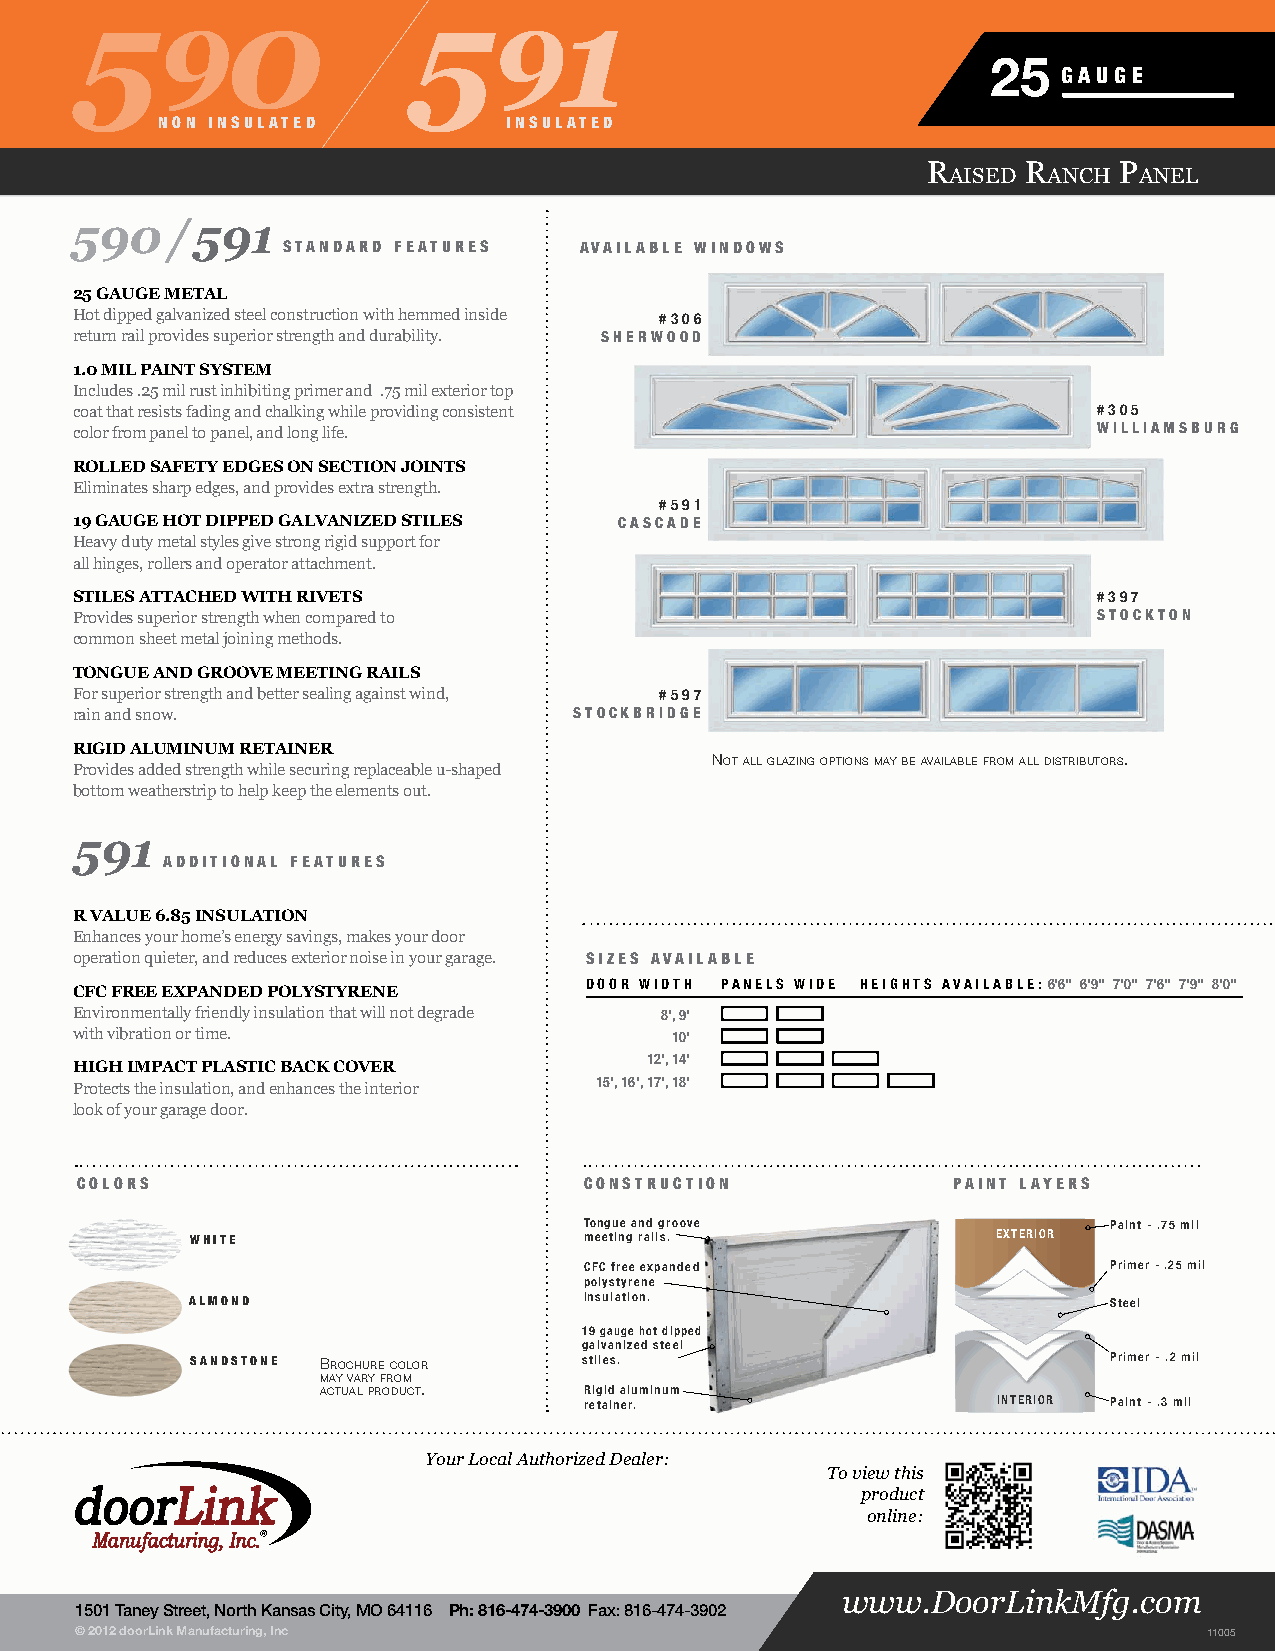
590                   591
 25
 GAUGE
 NoN INSULATED           INSULATED
 R      R     P
 aised anch  anel
 590   / 591
 STANDARD fEATURES  AVAILABLE WINDoWS
 25 gauge metal
 Hot dipped galvanized steel construction with hemmed inside #306
 return rail provides superior strength and durability. SHERWooD
 1.0 mil paint system
 Includes .25 mil rust inhibiting primer and .75 mil exterior top
 coat that resists fading and chalking while providing consistent    #305
 color from panel to panel, and long life.                           WILLIAMSBURG
 rolled safety edges on seCtion Joints
 Eliminates sharp edges, and provides extra strength.
 #591
 19 gauge hot dipped galvanized stiles CASCADE
 Heavy duty metal styles give strong rigid support for
 all hinges, rollers and operator attachment.
 stiles attaChed with rivets                                         #397
 Provides superior strength when compared to                         SToCKToN
 common sheet metal joining methods.
 tongue and groove meeting rails
 For superior strength and better sealing against wind, #597
 rain and snow.                   SToCKBRIDGE
 rigid aluminum retainer
 Provides added strength while securing replaceable u-shaped Not all glaziNg optioNs may Be availaBle from all distriButors.
 bottom weatherstrip to help keep the elements out.
 591
 ADDITIoNAL fEATURES
 r value 6.85 insulation
 Enhances your home’s energy savings, makes your door
 operation quieter, and reduces exterior noise in your garage. SIzES AVAILABLE
 DOOR WIDTh PaNElS WIDE hEIghTS avaIlablE: 6'6" 6'9" 7'0" 7'6" 7'9" 8'0"
 CfC free expanded polystyrene
 Environmentally friendly insulation that will not degrade 8', 9'
 with vibration or time.                10'
 12', 14'
 high impaCt plastiC baCk Cover
 15', 16', 17', 18'
 Protects the insulation, and enhances the interior
 look of your garage door.
 CoLoRS                            CoNSTRUCTIoN            PAINT LAYERS
 Tongue and groove                 Paint - .75 mil
 WHITE                     meeting rails.             EXTERIOR
 CFC free expanded                 Primer - .25 mil
 polystyrene
 ALMoND                     insulation.                       Steel
 19 gauge hot dipped
 galvanized steel
 SANDSToNE Brochure color  stiles.                           Primer - .2 mil
 may vary from
 actual product.   Rigid aluminum
 retainer.                  INTERIOR Paint - .3 mil
 Your Local Authorized Dealer:
 To view this
 product
 online:
 www.DoorLinkMfg.com
 1501 Taney Street, North Kansas City, MO 64116 Ph: 816-474-3900 Fax: 816-474-3902
 © 2012 doorLink Manufacturing, Inc                                         11005